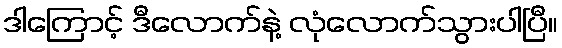
ဒါကြောင့် ဒီလောက်နဲ့ လုံလောက်သွားပါပြီ။